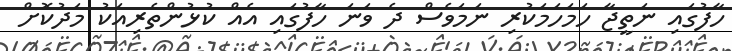
ހާފުގައި ނަތީޖާ ހަމަހަމަކުރި ނަމަވެސް ދެ ވަނަ ހާފުގައި އެއް ކުޅުންތެރިއަކު މަދުކޮށް